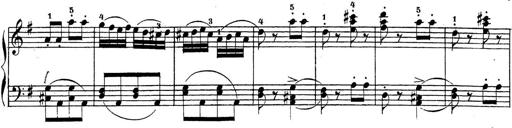
Title: 4 Sonatinas
Composer: Jacob Schmitt